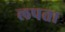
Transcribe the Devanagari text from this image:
लपता